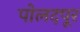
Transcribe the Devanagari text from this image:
पोलदपूर